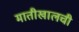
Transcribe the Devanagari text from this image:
मातीखालची